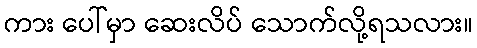
ကား ပေါ်မှာ ဆေးလိပ် သောက်လို့ရသလား။